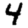
Digit: 4